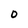
Character: 0